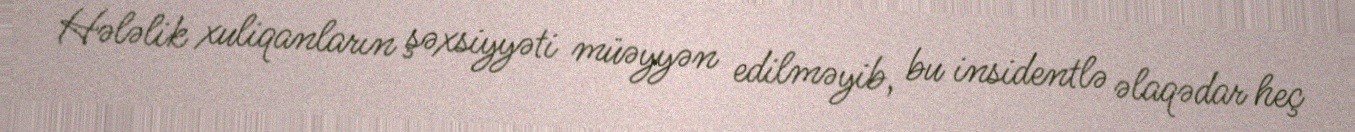
Hələlik xuliqanların şəxsiyyəti müəyyən edilməyib, bu insidentlə əlaqədar heç